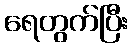
ရေတွက်ပြီး